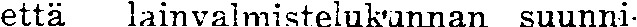
että lainvalmistelukunnan suunni-